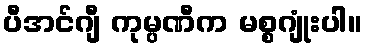
ပီအင်ဂျီ ကုမ္ပဏီက မစ္စဂျုံးပါ။